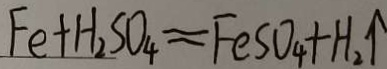
F e + H _ { 2 } S O _ { 4 } = F e S O _ { 4 } + H _ { 2 } \uparrow